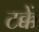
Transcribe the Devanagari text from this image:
टक्कें